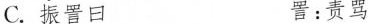
C.振\underset{·}{署}曰 署：责骂